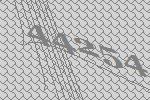
44254